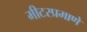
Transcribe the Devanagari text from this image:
मीटरप्रमाणे